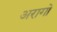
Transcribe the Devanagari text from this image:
अरागो